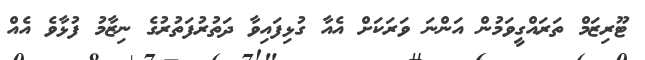
ޓޫރިޒަމް ތަރައްގީވަމުން އަންނަ ވަރަކަށް އެއާ ގުޅިފައިވާ ދަތުރުފަތުރުގެ ނިޒާމު ފުޅާވެ އެއް